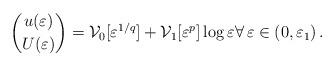
LaTeX: \begin{align*} \binom{u(\varepsilon)}{U(\varepsilon)} = \mathcal{V}_0[\varepsilon^{1/q}] + \mathcal{V}_1[\varepsilon^{p}]\log\varepsilon \forall\, \varepsilon\in(0,\varepsilon_1)\,.\end{align*}